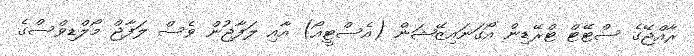
ރާއްޖޭގެ ސްޓޭޓް ޓްރޭޑިން އޯގަނައިޒޭޝަން (އެސްޓީއޯ) އާއި ލަފާޖުން ވެސް ލަފާޖް މޯލްޑިވްސްގެ